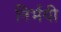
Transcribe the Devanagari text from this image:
निर्भयी